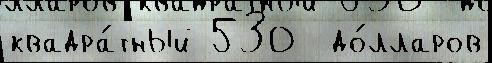
квадра́тный 530  до́лларов